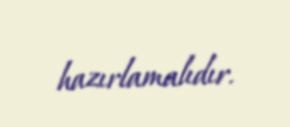
hazırlamalıdır.